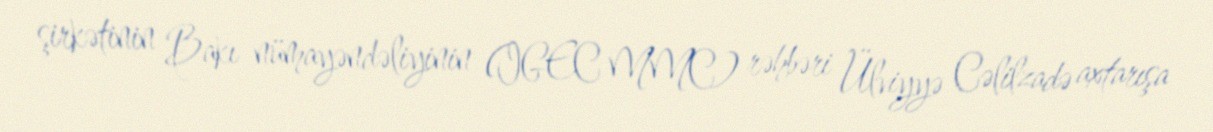
şirkətinin Bakı nümayəndəliyinin (IGEC MMC) rəhbəri Ülviyyə Cəlilzadə axtarışa